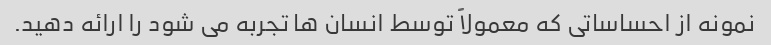
نمونه از احساساتی که معمولاً توسط انسان ها تجربه می شود را ارائه دهید.